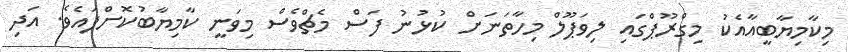
މިކާމިޔާބީއާއެކު މިގްރޫޕްގައި ލިވަޕޫލް މިހާތަނަށް ކުޅުނު ފަސް މެޗްވެސް މިވަނީ ކާމިޔާބުކޮށްފައެވެ. އަދި